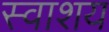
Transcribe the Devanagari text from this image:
स्वाशय